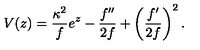
V ( z ) = \frac { { \kappa } ^ { 2 } } { f } e ^ { z } - \frac { f ^ { \prime \prime } } { 2 f } + \left( \frac { f ^ { \prime } } { 2 f } \right) ^ { 2 } .